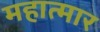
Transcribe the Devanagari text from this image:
महात्मार